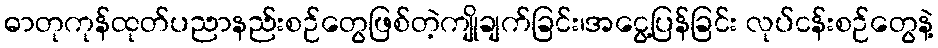
ဓာတုကုန်ထုတ်ပညာနည်းစဉ်တွေဖြစ်တဲ့ကျိုချက်ခြင်း၊အငွေ့ပြန်ခြင်း လုပ်ငန်းစဉ်တွေနဲ့